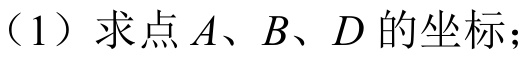
（1）求点\(A、B、D\)的坐标；